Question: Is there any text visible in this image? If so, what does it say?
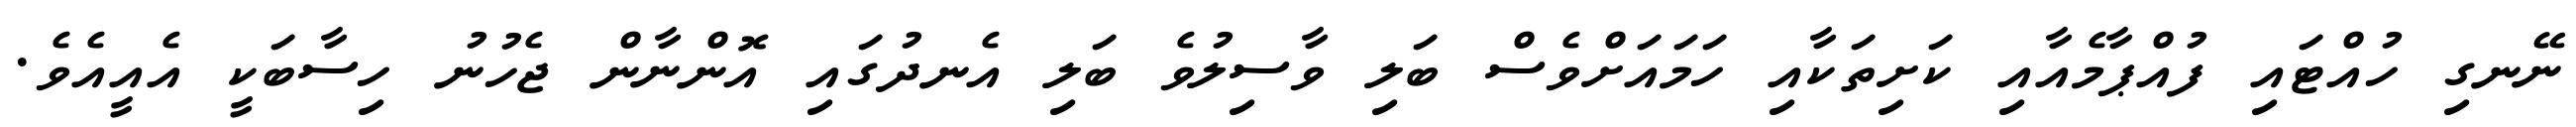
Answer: ނޭނގި ހުއްޓައި ފުއްޕާމެއާއި ކަށިތަކާއި ހަމައަށްވެސް ބަލި ވާސިލުވެ ބަލި އެނދުގައި އޮންނާން ޖެހުނު ހިސާބަކީ އެއީއެވެ.